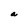
Character: a